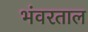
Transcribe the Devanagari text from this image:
भंवरताल